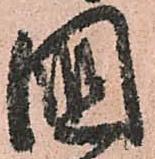
國